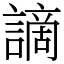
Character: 謫